Petrogradi_Kontroll-Opteerimise_Komisjon, lk 197
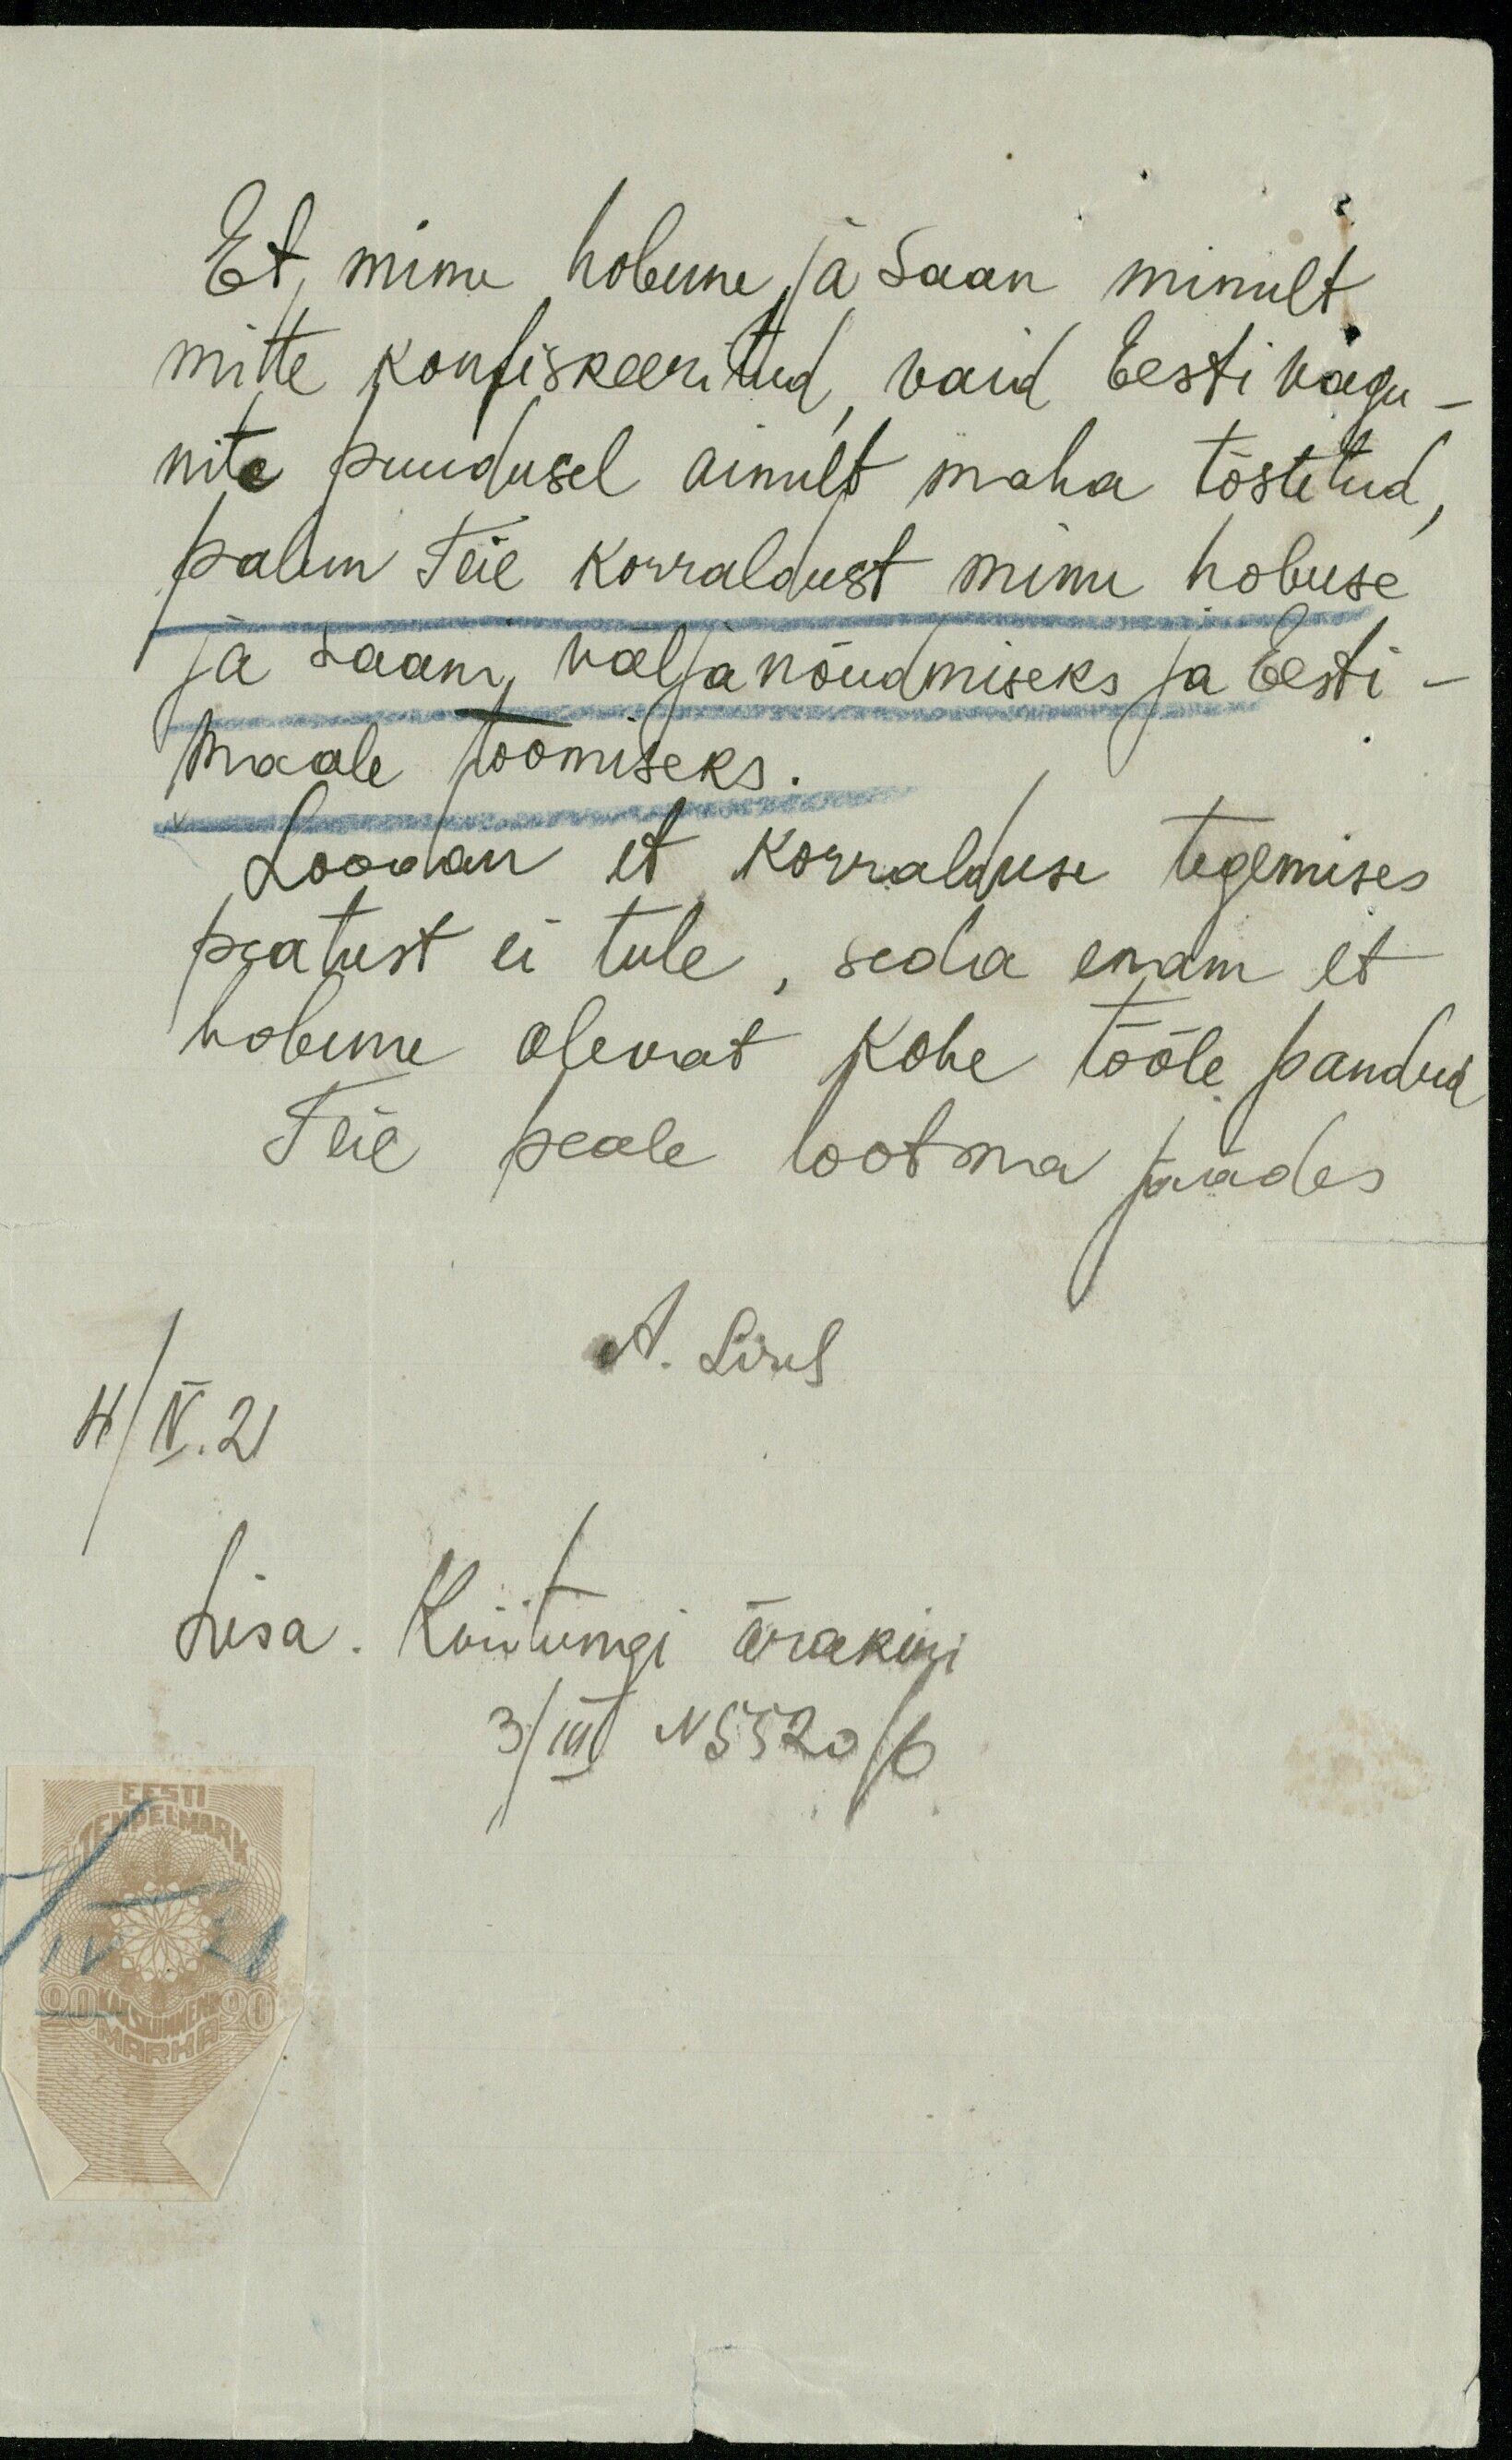
Et minu hobune ja saan minult
mitte konfiskeeritud, vaid Eesti vagu-
nite puudusel ainult maha tõstetud,
palun Teie korraldust minu hobuse
ja saani välja nõudmiseks ja Eesti-
Maale toomiseks.
Loodan et korralduse tegemises
peatust ei tule, seda enam et
hobune olevat kohe tööle pandud
Teie peale lootma jäädes
A. Sirel
4/V. 21
Lisa. Kviitungi ärakiri
3/III N 5520/6